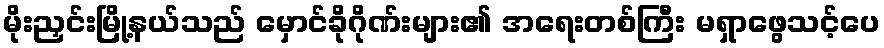
မိုးညှင်းမြို့နယ်သည် မှောင်ခိုဂိုဏ်းများ၏ အရေးတစ်ကြီး မရှာဖွေသင့်ပေ